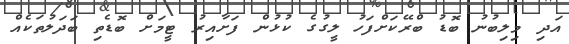
އަދި މިލިބުނު ބޮޑު ބްރޭކަށްފަހު ލީގުގެ ކުޅުން ފަށާއިރު ޓީމަށް ބޮޑެތި ބަދަލުތަކެއް